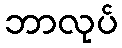
ဘာလုပ်